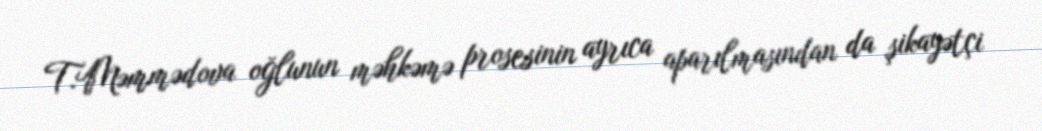
T.Məmmədova oğlunun məhkəmə prosesinin ayrıca aparılmasından da şikayətçi